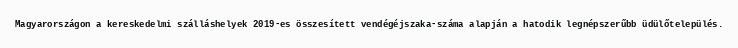
Magyarországon a kereskedelmi szálláshelyek 2019-es összesített vendégéjszaka-száma alapján a hatodik legnépszerűbb üdülőtelepülés.